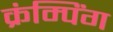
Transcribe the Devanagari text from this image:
क्रंम्पिंग